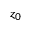
z _ { 0 }